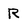
Character: R